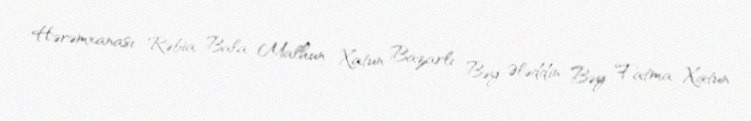
Hərəmxanası Rəbia Bala Malhun Xatun Bazarlı Bəy Ələddin Bəy Fatma Xatun